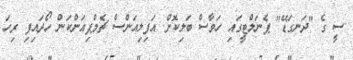
ސީ ގެ "ދަނގަޑޭ" ޕެނަލްޓީގައި ހަވާސް ބަލިކޮށް އަފިލިއަންސް ޗެމްޕިއަންކަން ހޯދައިފި ރިހަ